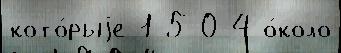
кото́рыjе 1-5 0-4 о́коло